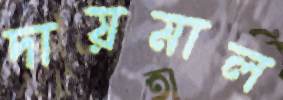
দায়মাল